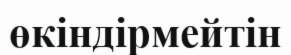
өкіндірмейтін